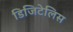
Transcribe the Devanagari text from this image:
डिजिटेलिस